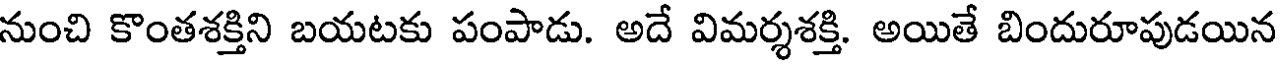
నుంచి కొంతశక్తిని బయటకు పంపాడు. అదే విమర్శశక్తి. అయితే బిందురూపుడయిన